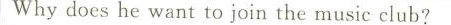
Why does he want to join the music club?